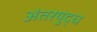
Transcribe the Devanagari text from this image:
अंतरयुद्ध